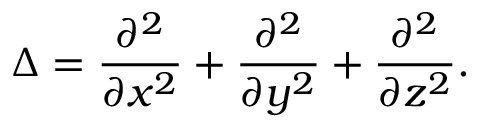
\Delta = { \frac { \partial ^ { 2 } } { \partial x ^ { 2 } } } + { \frac { \partial ^ { 2 } } { \partial y ^ { 2 } } } + { \frac { \partial ^ { 2 } } { \partial z ^ { 2 } } } .